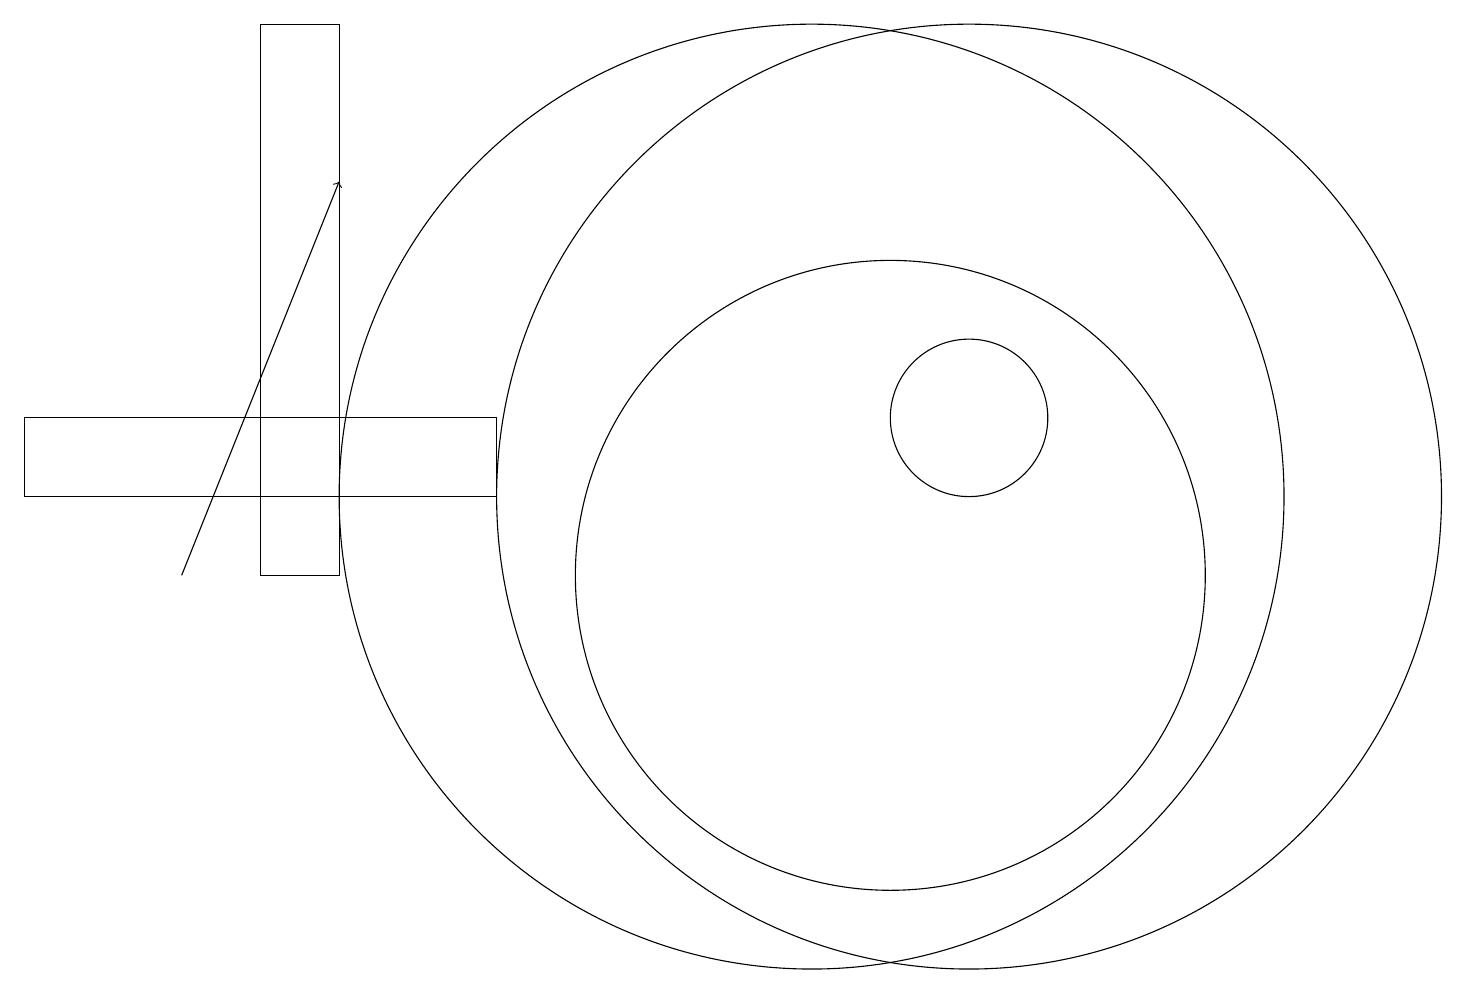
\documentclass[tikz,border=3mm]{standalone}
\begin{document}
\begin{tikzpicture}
\draw (11,10) circle (4);
\draw (12,11) circle (6);
\draw (3,10) rectangle (4,17);
\draw (12,12) circle (1);
\draw (10,11) circle (6);
\draw (0,12) rectangle (6,11);
\draw[->] (2,10) -- (4,15);
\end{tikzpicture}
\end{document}